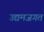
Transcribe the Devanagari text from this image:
उद्यमजगत